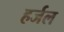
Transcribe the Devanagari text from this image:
हर्जल